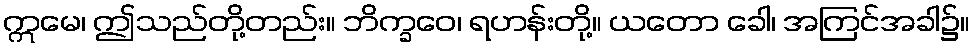
ဣမေ၊ ဤသည်တို့တည်း။ ဘိက္ခဝေ၊ ရဟန်းတို့။ ယတော ခေါ၊ အကြင်အခါ၌။